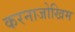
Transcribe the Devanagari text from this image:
करनाजोखिम